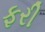
ફરી